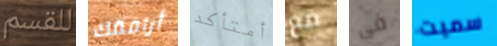
للقسم أرافقك أمتأكد مع فى سميت